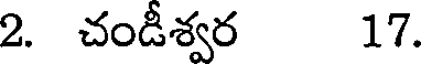
2. చండీశ్వర 17.